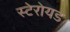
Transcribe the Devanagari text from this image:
स्टेरोयड